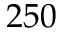
2 5 0